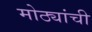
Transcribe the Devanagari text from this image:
मोठ्यांची